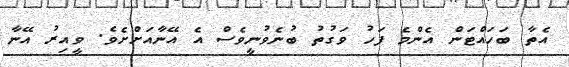
އެތާ ބަހައްޓަން އެންމެ ފަހު ވަގުތު ބުނެވުނީވެސް އެ އޭނާއަށްށެވެ. ވީއިރު އޭނާ